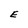
Character: E